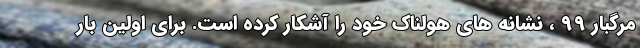
مرگبار 99 ، نشانه های هولناک خود را آشکار کرده است. برای اولین بار